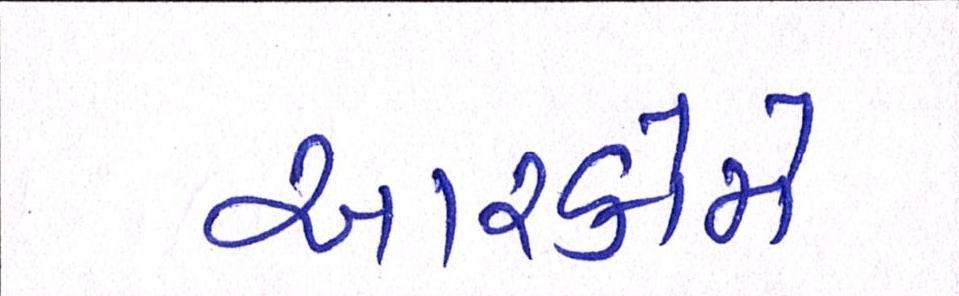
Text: આરકોમે